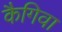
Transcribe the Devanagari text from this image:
कैगिवा